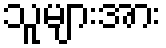
သူများအား